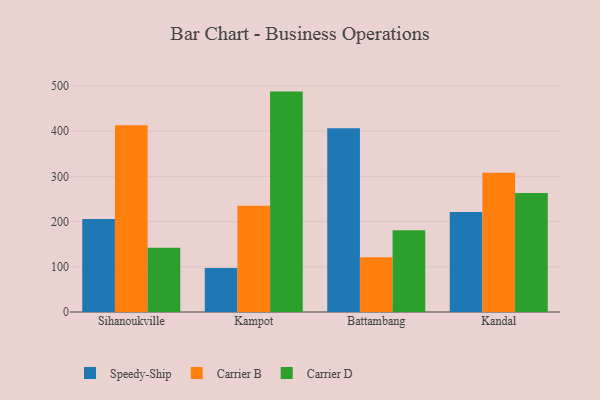
{"axis": {"x": "City", "y": "Conversion Rate (%)"}, "legend": ["Carrier B", "Carrier D", "Speedy-Ship"], "data": [{"x": "Sihanoukville", "y": 205.8, "type": "Speedy-Ship"}, {"x": "Sihanoukville", "y": 412.9, "type": "Carrier B"}, {"x": "Sihanoukville", "y": 141.9, "type": "Carrier D"}, {"x": "Kampot", "y": 97.5, "type": "Speedy-Ship"}, {"x": "Kampot", "y": 234.9, "type": "Carrier B"}, {"x": "Kampot", "y": 487.4, "type": "Carrier D"}, {"x": "Battambang", "y": 406.4, "type": "Speedy-Ship"}, {"x": "Battambang", "y": 121.0, "type": "Carrier B"}, {"x": "Battambang", "y": 180.7, "type": "Carrier D"}, {"x": "Kandal", "y": 220.9, "type": "Speedy-Ship"}, {"x": "Kandal", "y": 308.2, "type": "Carrier B"}, {"x": "Kandal", "y": 263.1, "type": "Carrier D"}]}